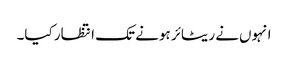
انہوں‌نے ریٹائر ہونے تک انتظار کیا۔